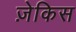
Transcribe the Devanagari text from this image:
ज़ेकिस